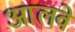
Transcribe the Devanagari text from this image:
आलवे